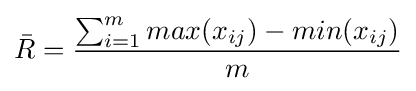
{\bar {R}}={\frac {\sum _{i=1}^{m}max(x_{ij})-min(x_{ij})}{m}}